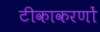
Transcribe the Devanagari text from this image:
टीकाकरणों